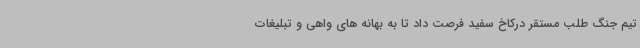
تیم جنگ طلب مستقر درکاخ سفید فرصت داد تا به بهانه های واهی و تبلیغات